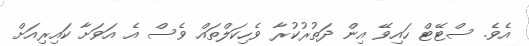
އެވެ. ސްޓޭޓް ހައިވޭ އިން ދަތުރުކުރާ ވެހިކަލްތައް ވެސް އެ އަވަށާ ކައިރިއަށް